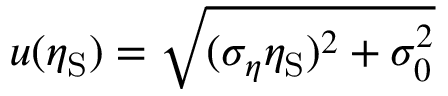
u ( \eta _ { \mathrm { S } } ) = \sqrt { ( \sigma _ { \eta } \eta _ { \mathrm { S } } ) ^ { 2 } + \sigma _ { 0 } ^ { 2 } }